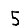
Digit: 5